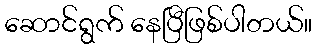
ဆောင်ရွက် နေပြီဖြစ်ပါတယ်။